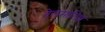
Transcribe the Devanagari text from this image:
तेलमालिश